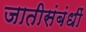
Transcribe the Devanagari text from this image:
जातीसंबंधीं